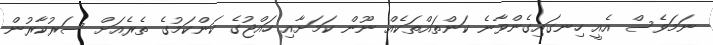
ނަމަވެސް އެއީ ހިނގައިގެންވާނެ ކަންތައްތަކެއް ނޫން ކަމަށާއި ހައްޖުގެ ކަންކަމުގެ ތެރެއަށް ސަރުކާރުން